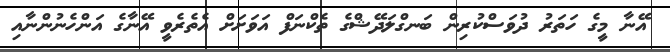
އޭނާ މީގެ ހަތަރު ދުވަސްކުރިން ބަނގްލަދޭޝްގެ ތެކްނަފް އަވަށަށް އެތެރެވީ އޭނާގެ އަންހެނުންނާއި